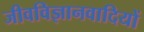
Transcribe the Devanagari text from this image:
जीवविज्ञानवादियों